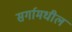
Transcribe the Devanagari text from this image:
सर्गामधील